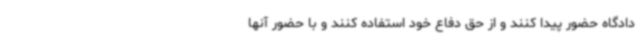
دادگاه حضور پیدا کنند و از حق دفاع خود استفاده کنند و با حضور آنها